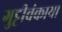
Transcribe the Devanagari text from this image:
गुट्टीवंकाया